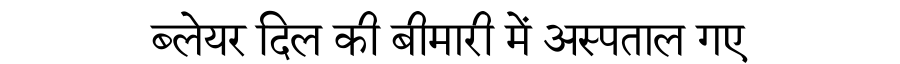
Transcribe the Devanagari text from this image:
ब्लेयर दिल की बीमारी में अस्पताल गए